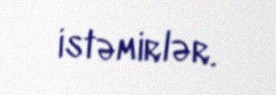
istəmirlər.